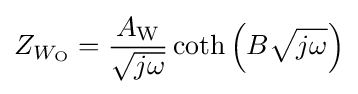
Z_{W_{\mathrm {O} }}={\frac {A_{\mathrm {W} }}{\sqrt {j\omega }}}\coth \left(B{\sqrt {j\omega }}\right)